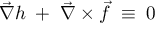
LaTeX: \vec { \nabla } h \; + \; \vec { \nabla } \times \vec { f } \; \equiv \; 0